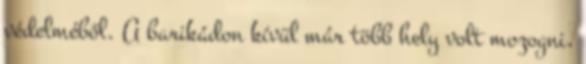
védelméből. A barikádon kívül már több hely volt mozogni,